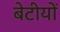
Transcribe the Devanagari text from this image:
बेटीयों